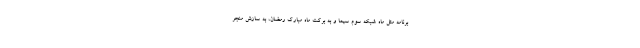
برنامه مثل ماه شبکه سوم سیما و به برکت ماه مبارک رمضان، به سازش منجر